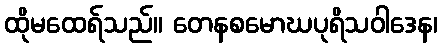
ထိုမထေရ်သည်။ တေနစမောဃပုရိသဝါဒေန၊